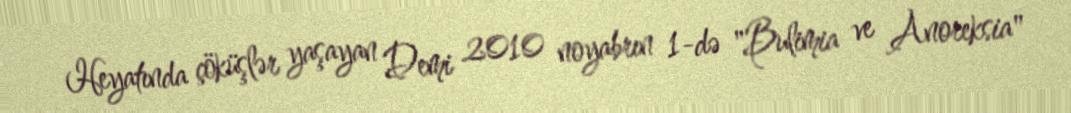
Heyatında çöküşlər yaşayan Demi 2010 noyabrın 1-də "Bulimia ve Anoreksia"